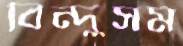
বিন্দুসম